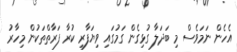
އެހެން ނަމަވެސް މި ބަދަލާ ގުޅިގެން ގަމުގައި ވިޔަފާރި ކުރާ ފަރާތްތަކުން މިހާރު